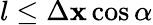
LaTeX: l\leq\Delta\mathbf{x}\cos\alpha